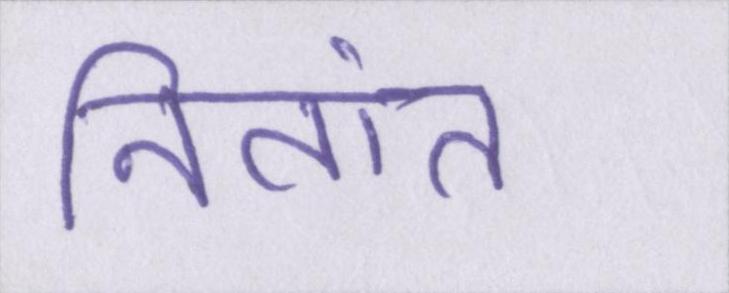
नितांत